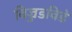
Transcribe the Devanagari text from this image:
विज्जडविडे